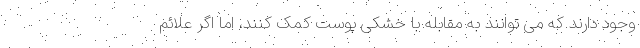
وجود دارند که می توانند به مقابله با خشکی پوست کمک کنند، اما اگر علائم